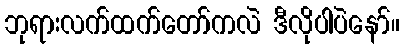
ဘုရားလက်ထက်တော်ကလဲ ဒီလိုပါပဲနော်။